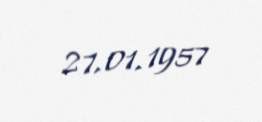
27.01.1957